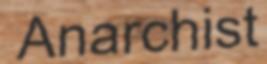
Anarchist